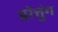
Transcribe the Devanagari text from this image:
प्रोत्तुंग